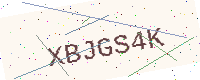
Text: XBJGS4K